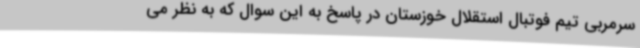
سرمربی تیم فوتبال استقلال خوزستان در پاسخ به این سوال که به نظر می